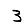
Digit: 3